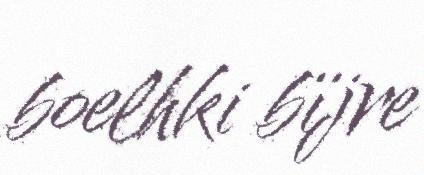
boelhki bïjre